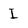
Character: I